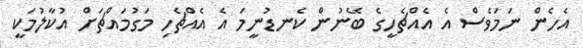
އެހެން ނަމަވެސް އެ އެއްޗެހީގެ ބޭނުން ކެނޑުނީމަ އެ އެއްޗެހި މަގުމައްޗަށް އުކާލުމަކީ